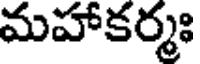
మహాకర్మః